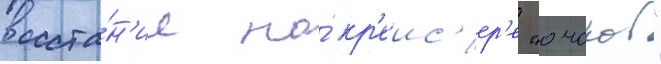
восста́н'ие на́ кр'еис'ер'е "очаков"